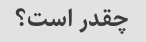
چقدر است؟